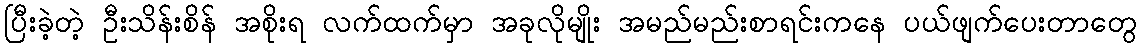
ပြီးခဲ့တဲ့ ဦးသိန်းစိန် အစိုးရ လက်ထက်မှာ အခုလိုမျိုး အမည်မည်းစာရင်းကနေ ပယ်ဖျက်ပေးတာတွေ